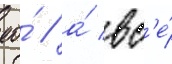
ео́ / а́ вс'е́